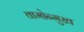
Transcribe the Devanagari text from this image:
वामोन्मुख